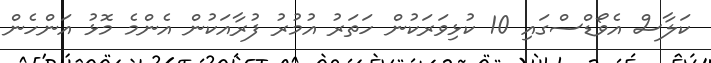
ކަލާސް އެވޯޑްސްގައި 10 ކުޅިވަރަކުން ހަތަރު އުމުރު ފުރާއަކުން އެންމެ މޮޅު އަންހެން